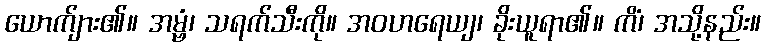
ယောက်ျား၏။ အမ္ဗံ၊ သရက်သီးကို။ အဝဟရေယျ၊ ခိုးယူရာ၏။ ကိံ၊ အသို့နည်း။